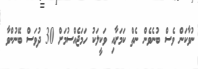
ނުވާކަން ވެސް ބުނެވެން ނެތް ކަމަށާއި ވަކީލަކު ހަމަޖެއްސުމަށް 30 ދުވަސް ބޭނުންވާ